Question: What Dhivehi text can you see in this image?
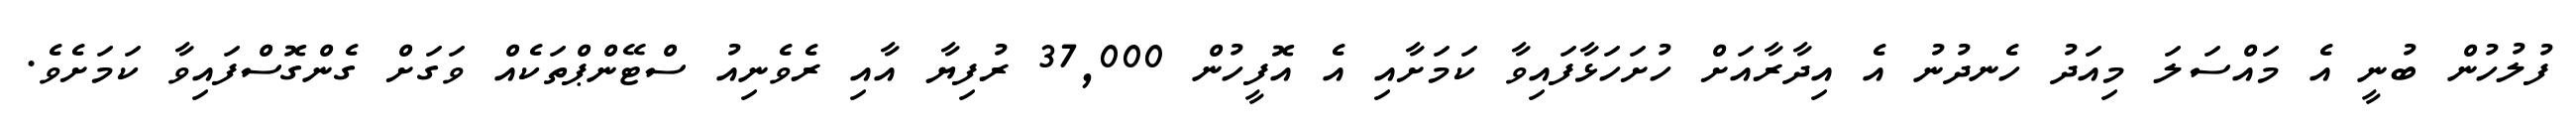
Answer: ފުލުހުން ބުނީ އެ މައްސަލަ މިއަދު ހެނދުނު އެ އިދާރާއަށް ހުށަހަޅާފައިވާ ކަމަށާއި އެ އޮފީހުން 37,000 ރުފިޔާ އާއި ރެވެނިއު ސްޓޭންޕްތަކެއް ވަގަށް ގެންގޮސްފައިވާ ކަމަށެވެ.